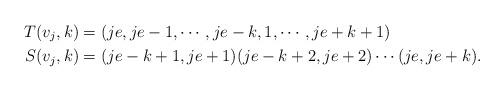
LaTeX: \begin{align*}T(v_j,k)&=(je, je-1, \cdots, je-k, 1,\cdots, je+k+1)\\S(v_j,k)&=(je-k+1,je+1)(je-k+2,je+2)\cdots (je,je+k).\end{align*}